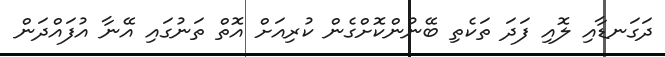
ދަގަނޑާއި ލޮއި ފަދަ ތަކެތި ބޭނުންކޮށްގެން ކުރިއަށް އޮތް ތަނުގައި އޭނާ އުފައްދަން